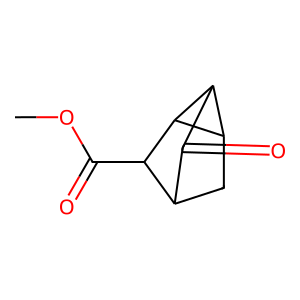
SMILES: COC(=O)C1C2CC3C(C2=O)C31
Inhibits HIV replication: No